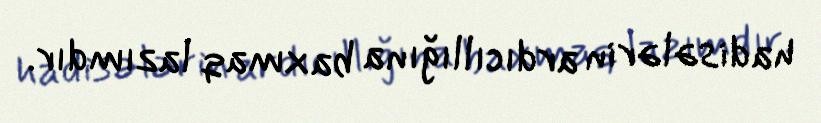
hadisələrin ardıcıllığına baxmaq lazımdır.